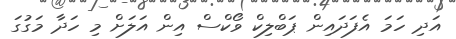
އަދި ހަމަ އެފަދައިން ޕަބްލިކް ވޯކްސް އިން އަލަށް މި ހަދާ މަގުގަ